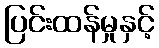
ပြင်းထန်မှုနှင့်